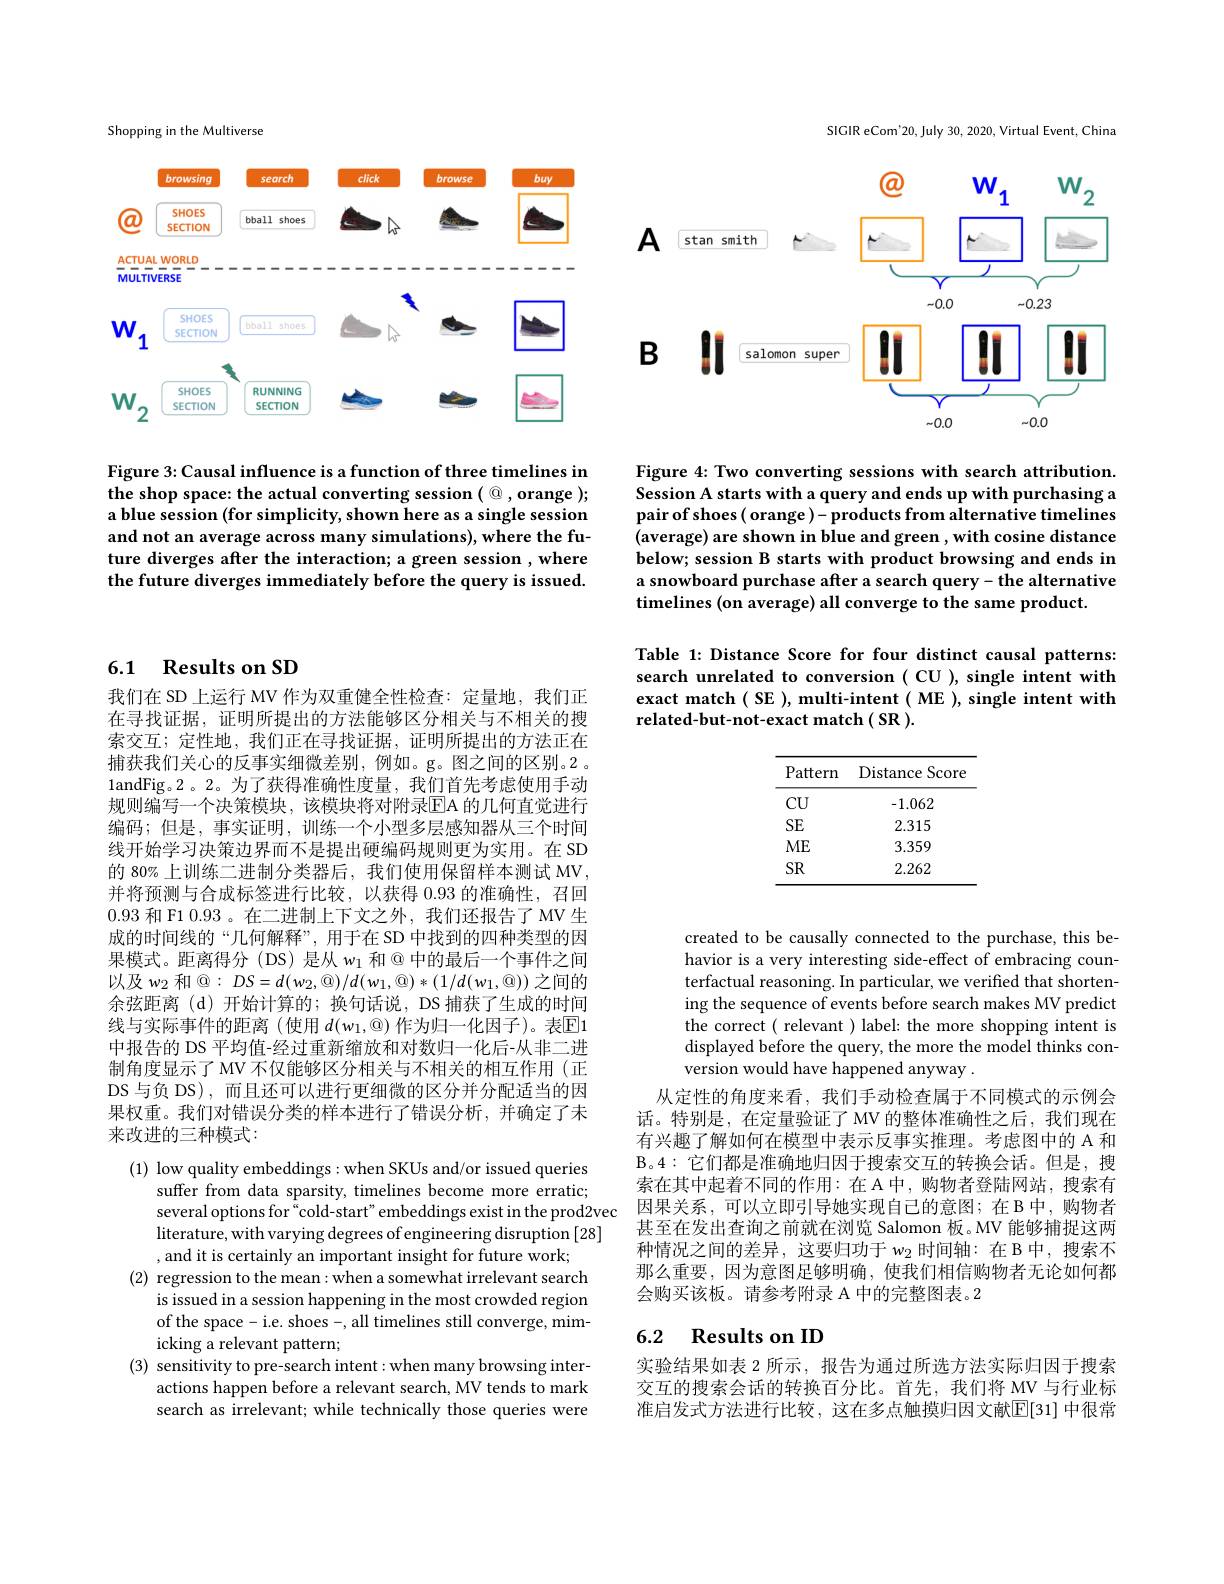
Shopping in the Multiverse

<FigureHere>

Figure 3: Causal influence is a function of three timelines in the shop space: the actual converting session $(\textcircled{\mathbb{Q}}$,orange ); a blue session (for simplicity, shown here as a single session and not an average across many simulations), where the future diverges after the interaction; a green session , where the future diverges immediately before the query is issued.

## 6.1 Results on SD

我们在 SD 上运行 MV 作为双重健全性检查：定量地，我们正在寻找证据，证明所提出的方法能够区分相关与不相关的搜索交互；定性地，我们正在寻找证据，证明所提出的方法正在捕获我们关心的反事实细微差别，例如。g。图之间的区别。2 。1andFig。2。2。为了获得准确性度量，我们首先考虑使用手动规则编写一个决策模块，该模块将对附录EA 的几何直觉进行编码；但是，事实证明，训练一个小型多层感知器从三个时间线开始学习决策边界而不是提出硬编码规则更为实用。在 SD 的 80% 上训练二进制分类器后，我们使用保留样本测试 MV, 并将预测与合成标签进行比较，以获得 0.93 的准确性，召回0.93和 F1 0.93。在二进制上下文之外，我们还报告了MV 生成的时间线的“几何解释”,用于在 SD 中找到的四种类型的因果模式。距离得分 (DS) 是从$w_1$和@ 中的最后一个事件之间以及$w_2$ 和$@:DS=d(w_2,\mathbb{Q})/d(w_1,\mathbb{Q})*(1/d(w_1,\mathbb{Q}))$ 之间的余弦距离(d)开始计算的；换句话说，DS 捕获了生成的时间线与实际事件的距离(使用 $d(w_1,@)$ 作为归一化因子)。表$\mathbb{E}$1中报告的 DS 平均值-经过重新缩放和对数归一化后-从非二进制角度显示了 MV 不仅能够区分相关与不相关的相互作用(正DS 与负 DS),而且还可以进行更细微的区分并分配适当的因果权重。我们对错误分类的样本进行了错误分析，并确定了未来改进的三种模式：

(1) low quality embeddings : when SKUs and/or issued queries
suffer from data sparsity, timelines become more erratic;
several options for “cold-start”embeddings exist in the prod2vec literature, with varying degrees of engineering disruption [28] , and it is certainly an important insight for future work;
(2) regression to the mean:when a somewhat irrelevant search
is issued in a session happening in the most crowded region of the space- i.e. shoes-, all timelines still converge, mimicking a relevant pattern;
(3) sensitivity to pre-search intent:when many browsing inter-
actions happen before a relevant search, MV tends to mark search as irrelevant; while technically those queries were

SIGIR eCom'20, July 30, 2020, Virtual Event, China

<FigureHere>

Figure 4: Two converting sessions with search attribution. Session A starts with a query and ends up with purchasing a pair of shoes ( orange )- products from alternative timelines (average) are shown in blue and green , with cosine distance below; session B starts with product browsing and ends in a snowboard purchase after a search query- the alternative timelines (on average) all converge to the same product.

Table 1: Distance Score for four distinct causal patterns: search unrelated to conversion ( CU ), single intent with exact match ( SE ), multi-intent ( ME ), single intent with related-but-not-exact match( SR ).

<table>
	<tbody>
		<tr>
			<th>Pattern</th>
			<th>Distance S $Scor\epsilon$</th>
		</tr>
		<tr>
			<td>$CU$</td>
			<td>-1.062</td>
		</tr>
		<tr>
			<td>SE</td>
			<td>2.315</td>
		</tr>
		<tr>
			<td>$ME$</td>
			<td>3.359</td>
		</tr>
		<tr>
			<td>SR</td>
			<td>2.262</td>
		</tr>
	</tbody>
</table>

created to be causally connected to the purchase, this behavior is a very interesting side-effect of embracing counterfactual reasoning. In particular, we verified that shortening the sequence of events before search makes MV predict the correct ( relevant ) label: the more shopping intent is displayed before the query, the more the model thinks conversion would have happened anyway .
从定性的角度来看，我们手动检查属于不同模式的示例会话。特别是，在定量验证了 MV 的整体准确性之后，我们现在有兴趣了解如何在模型中表示反事实推理。考虑图中的 A 和B。4: 它 们 都 是 准 确 地 归 因 于 搜 索 交 互 的 转 换 会 话 。但 是 , 搜 索在其中起着不同的作用：在 A 中，购物者登陆网站，搜索有因果关系，可以立即引导她实现自己的意图；在 B 中，购物者甚至在发出查询之前就在浏览 Salomon 板。MV 能够捕捉这两种情况之间的差异，这要归功于$w_2$时间轴：在 B 中，搜索不那么重要，因为意图足够明确，使我们相信购物者无论如何都会购买该板。请参考附录 A 中的完整图表。2

## 6.2 Results on ID

实验结果如表 2 所示，报告为通过所选方法实际归因于搜索交互的搜索会话的转换百分比。首先，我们将 MV 与行业标准启发式方法进行比较，这在多点触摸归因文献$\overline{\mathbb{E}}[31]$ 中很常